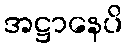
အဋ္ဌာနေပိ